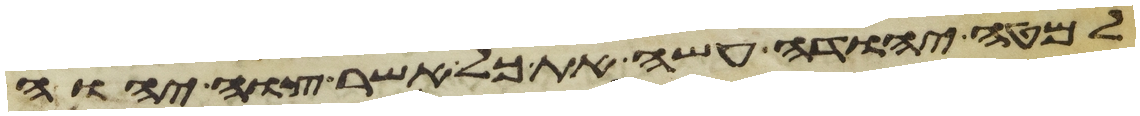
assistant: למטה יהודה עשה את כל אשר צוה יהוה